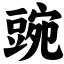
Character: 豌